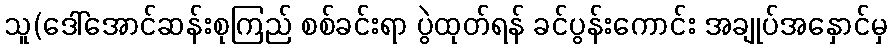
သူ(ဒေါ်အောင်ဆန်းစုကြည် စစ်ခင်းရာ ပွဲထုတ်ရန် ခင်ပွန်းကောင်း အချုပ်အနှောင်မှ